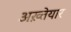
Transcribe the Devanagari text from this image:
अख़्तेयार